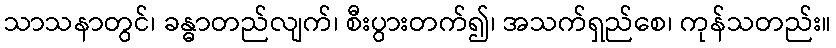
သာသနာတွင်၊ ခန္ဓာတည်လျက်၊ စီးပွားတက်၍၊ အသက်ရှည်စေ၊ ကုန်သတည်း။